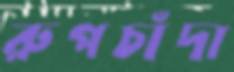
রুপচাঁদা